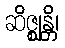
ဆိဇ္ဈန္တိ၊